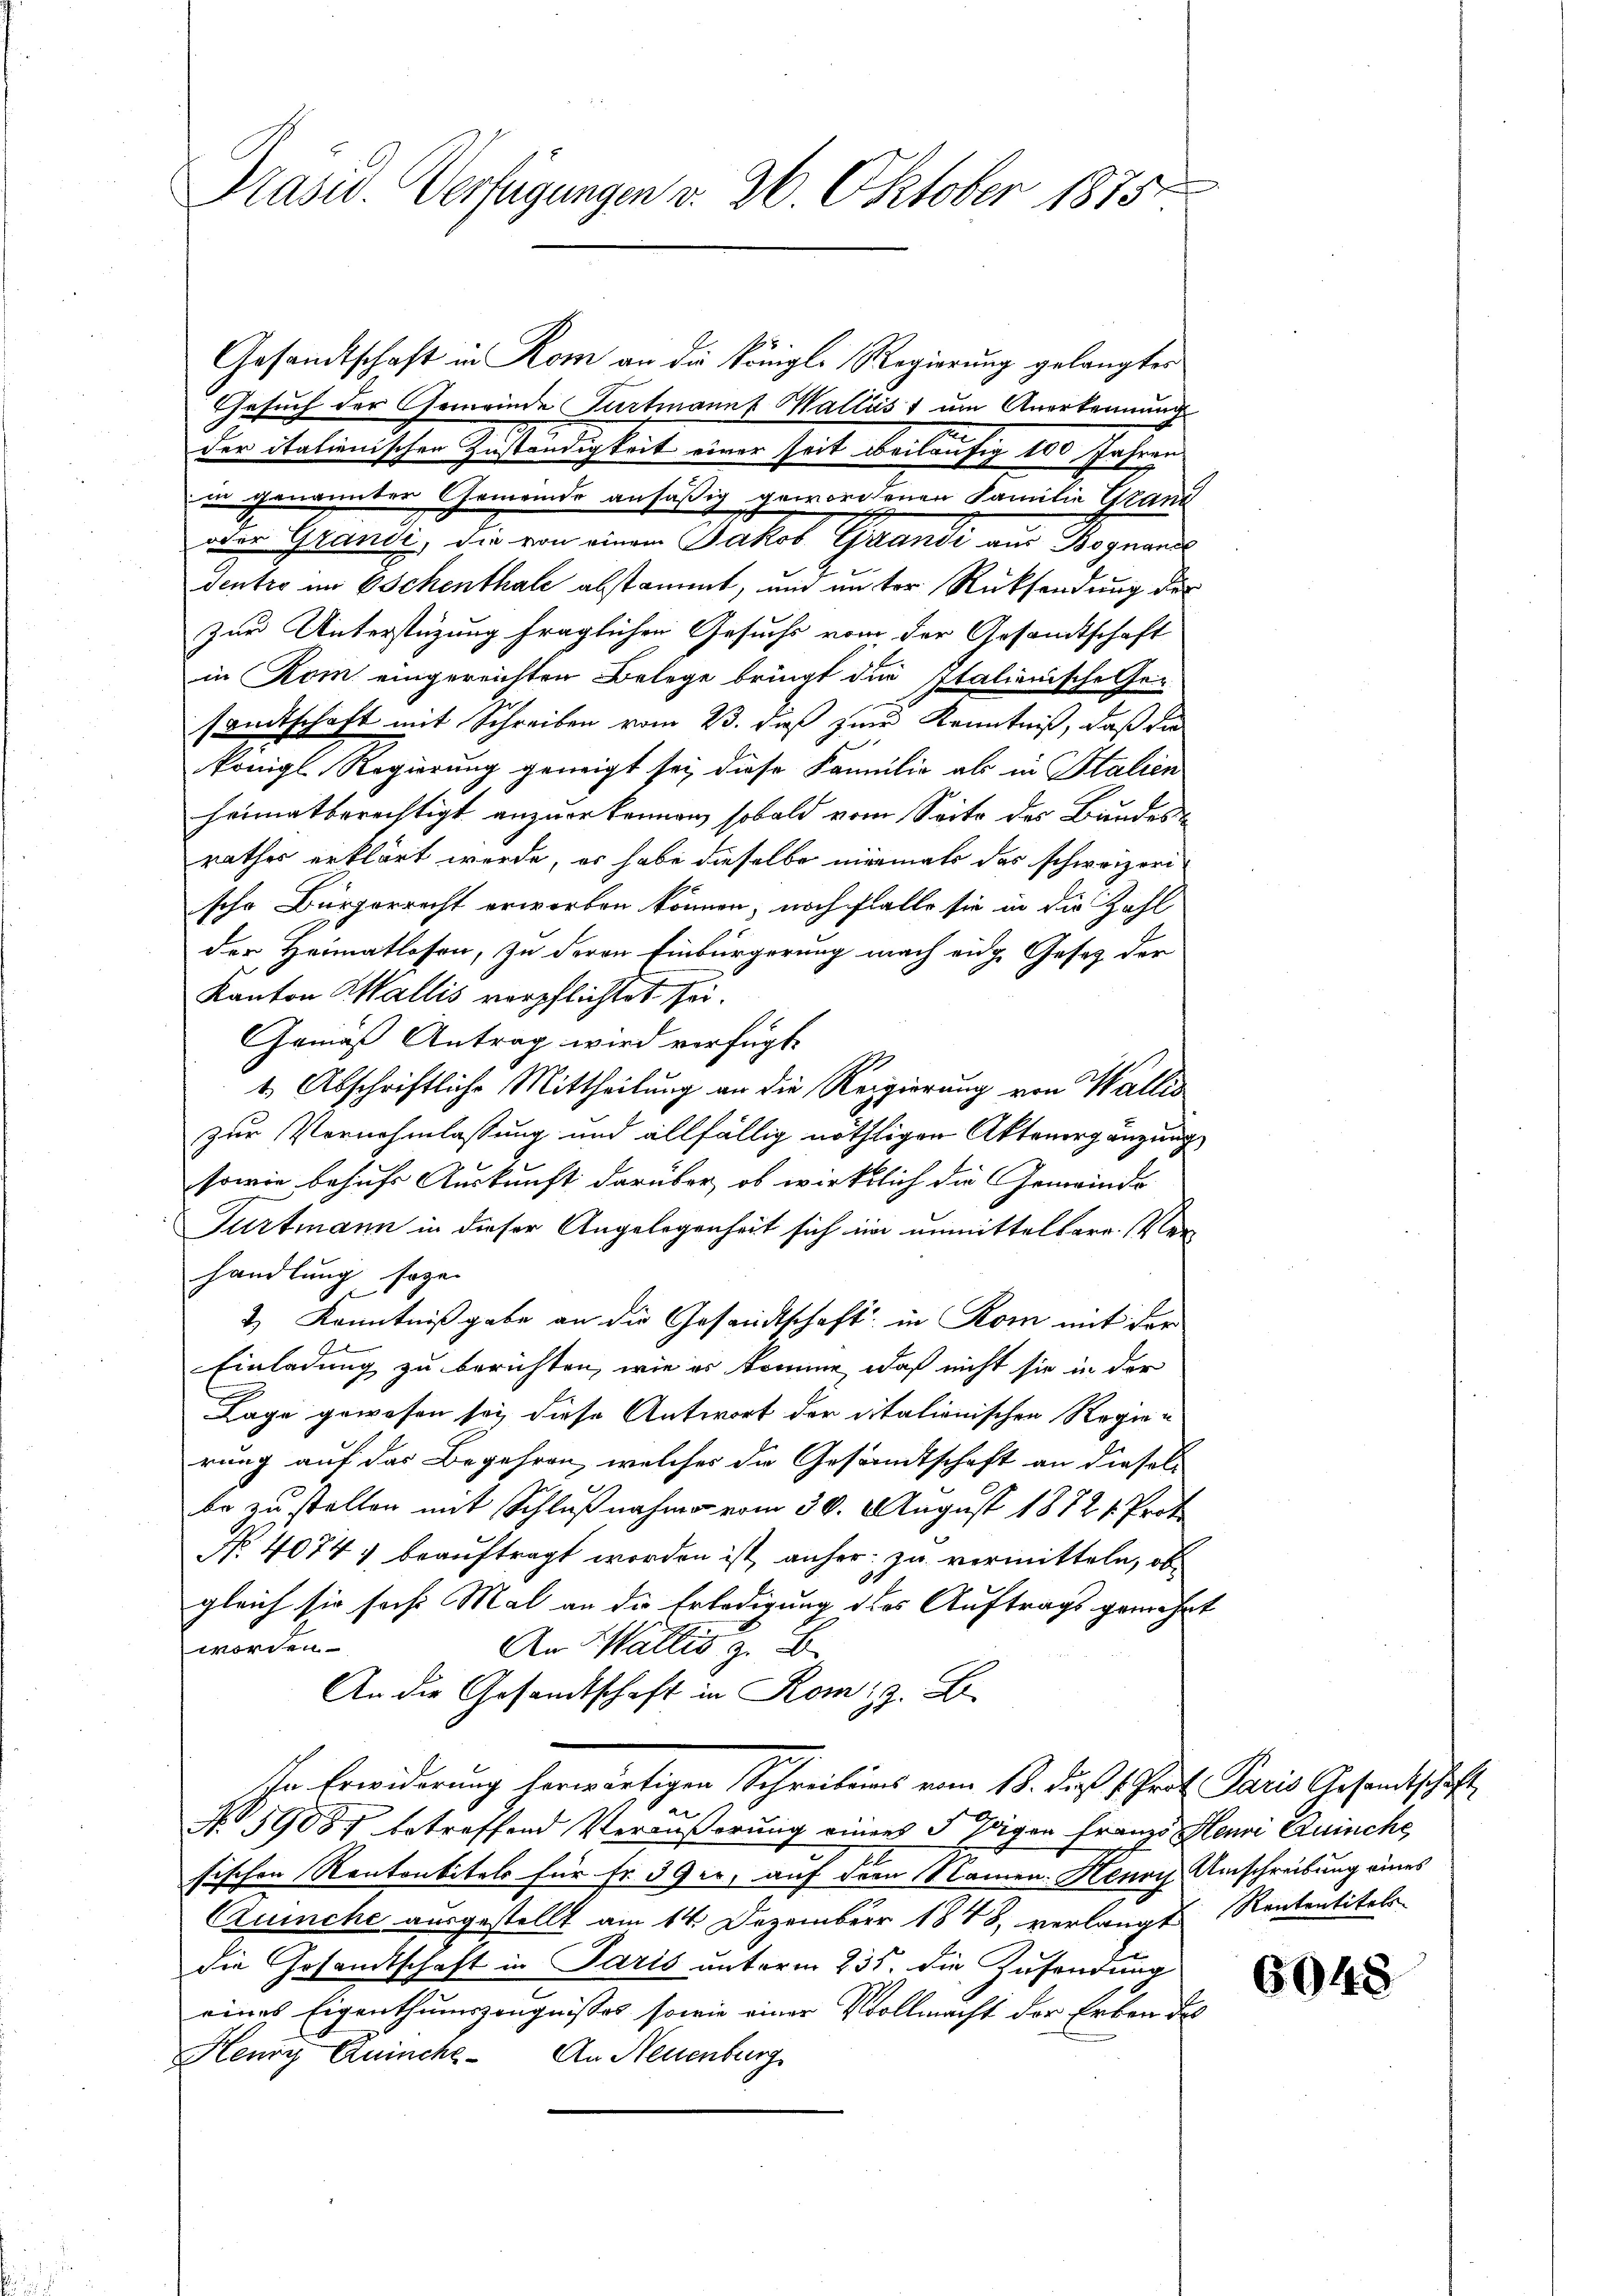
Präsid. Verfügungen v. 26. Oktober 1875.

Gesandtschaft in Rom an die Königl. Regierung gelangter
Gesuch der Gemeinde Fartmanns Wallis um Anerkennung
der italienischen Zuständigkeit einer seit beiläufig 100 Jahren
in genannter Gemeinde ansäßig gewordenen Familie Grand
oder Grandi, die von einem Jakob Grandi aus Begnand
dentro im Schenthale abstammt, und in der Rücksendung der
zur Unterstüzung fraglichen Gesuchs vom der Gesandtschaft
in Rom eingereichten Belege bringt die Italienische Gesamtschaft mit Schreiben vom 23. daß zur Kenntniß, daß die
königl Regierung geneigt sei diese Familie als in Stalien
heimatberechtigt anzuerkennen, sobald vom Seite des Bundesrathes erklärt werde, es habe dieselbe niemals das schweizerische Bürgerrecht erworben können, noch Falle sie in die Zahl
der, Heimatlosen, zu deren Einbürgerung nach eine Gesetz der
Kanton Wallis verpflichtet sei.
Gemäß Antrag wird verfügt:
1 Abschriftliche Mittheilung an die Regierung von Wallis
zur Vornehmlassung und allfällig nöthigen Aktenergänzung
sowie behufs Auskunft darüber, ob wirklich die Gemeinds-
Furtmann in dieser Angelegenheit sich im unmittelbare. Verhandlung soge
2) Kenntnißgabe an die Gesandtschaft in Rom mit der
Einladung zu berichten, wie es komme, daß nicht sie in der
Lage gewesen sey diese Antwort der citationischen Regierung auf das Begehren, welcher die Gesandtschaft an diesel
be zu stellen mit Schlußnahme vom 30. August 18721. Prot
No. 4074 & beauftragt worden ist, anher zu vermitteln, ob
t
gleich sie soche Mal an die Erledigung des Auftrags gemehrt
worden.
An Wallis z. B.
An die Gesandtschaft in Romiz. B.
Ihr Erwiderung herwärtigen Schreibens vom 13. dieß 1 Prof. Paris Gesandtschaft
N 1908 betreffend Veräußerung einens 5 sagen Franzo Henri Quinche
sischen Kantonbitels für fr. 39 er, auf dem Namen. Henry Umschreibung eines
Quinche ausgestellt am 14. Dezember 1848, verlangt Rententitels
die Gesandtschaft in Paris unterm 235. die Zusendung
eines Eigenthumszeugnisses, sowie einer Vollmacht der Erben des
Henry Quinche. An Neuenburg

6048